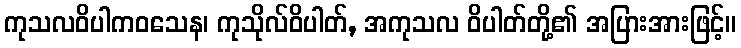
ကုသလဝိပါကဝသေန၊ ကုသိုလ်ဝိပါတ်, အကုသလ ဝိပါတ်တို့၏ အပြားအားဖြင့်။